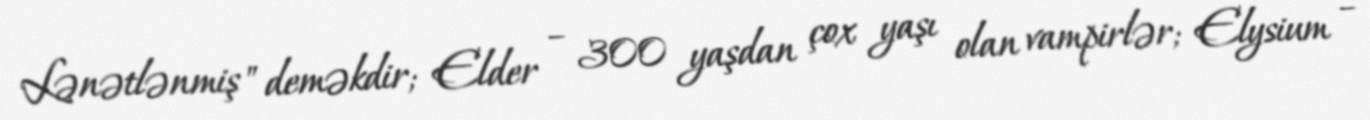
Lənətlənmiş" deməkdir; Elder – 300 yaşdan çox yaşı olan vampirlər; Elysium –